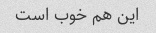
این هم خوب است